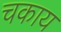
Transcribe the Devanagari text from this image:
चकाय